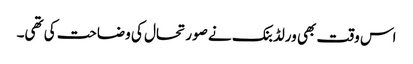
اس وقت بھی ورلڈبنک نے صورتحال کی وضاحت کی تھی۔